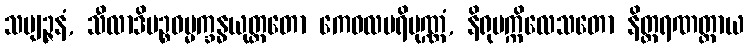
သဗျဉ္ဇနံ, သီလာဒိပဉ္စဓမ္မက္ခန္ဓယုတ္တတော ကေဝလပရိပုဏ္ဏံ, နိရုပက္ကိလေသတော နိတ္တရဏတ္ထာယ